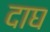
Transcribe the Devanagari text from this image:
दाघ